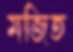
মজিত